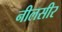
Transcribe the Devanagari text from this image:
नीलसीर